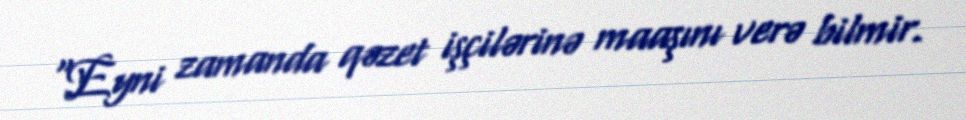
“Eyni zamanda qəzet işçilərinə maaşını verə bilmir.